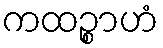
ကထဉ္စာဟံ